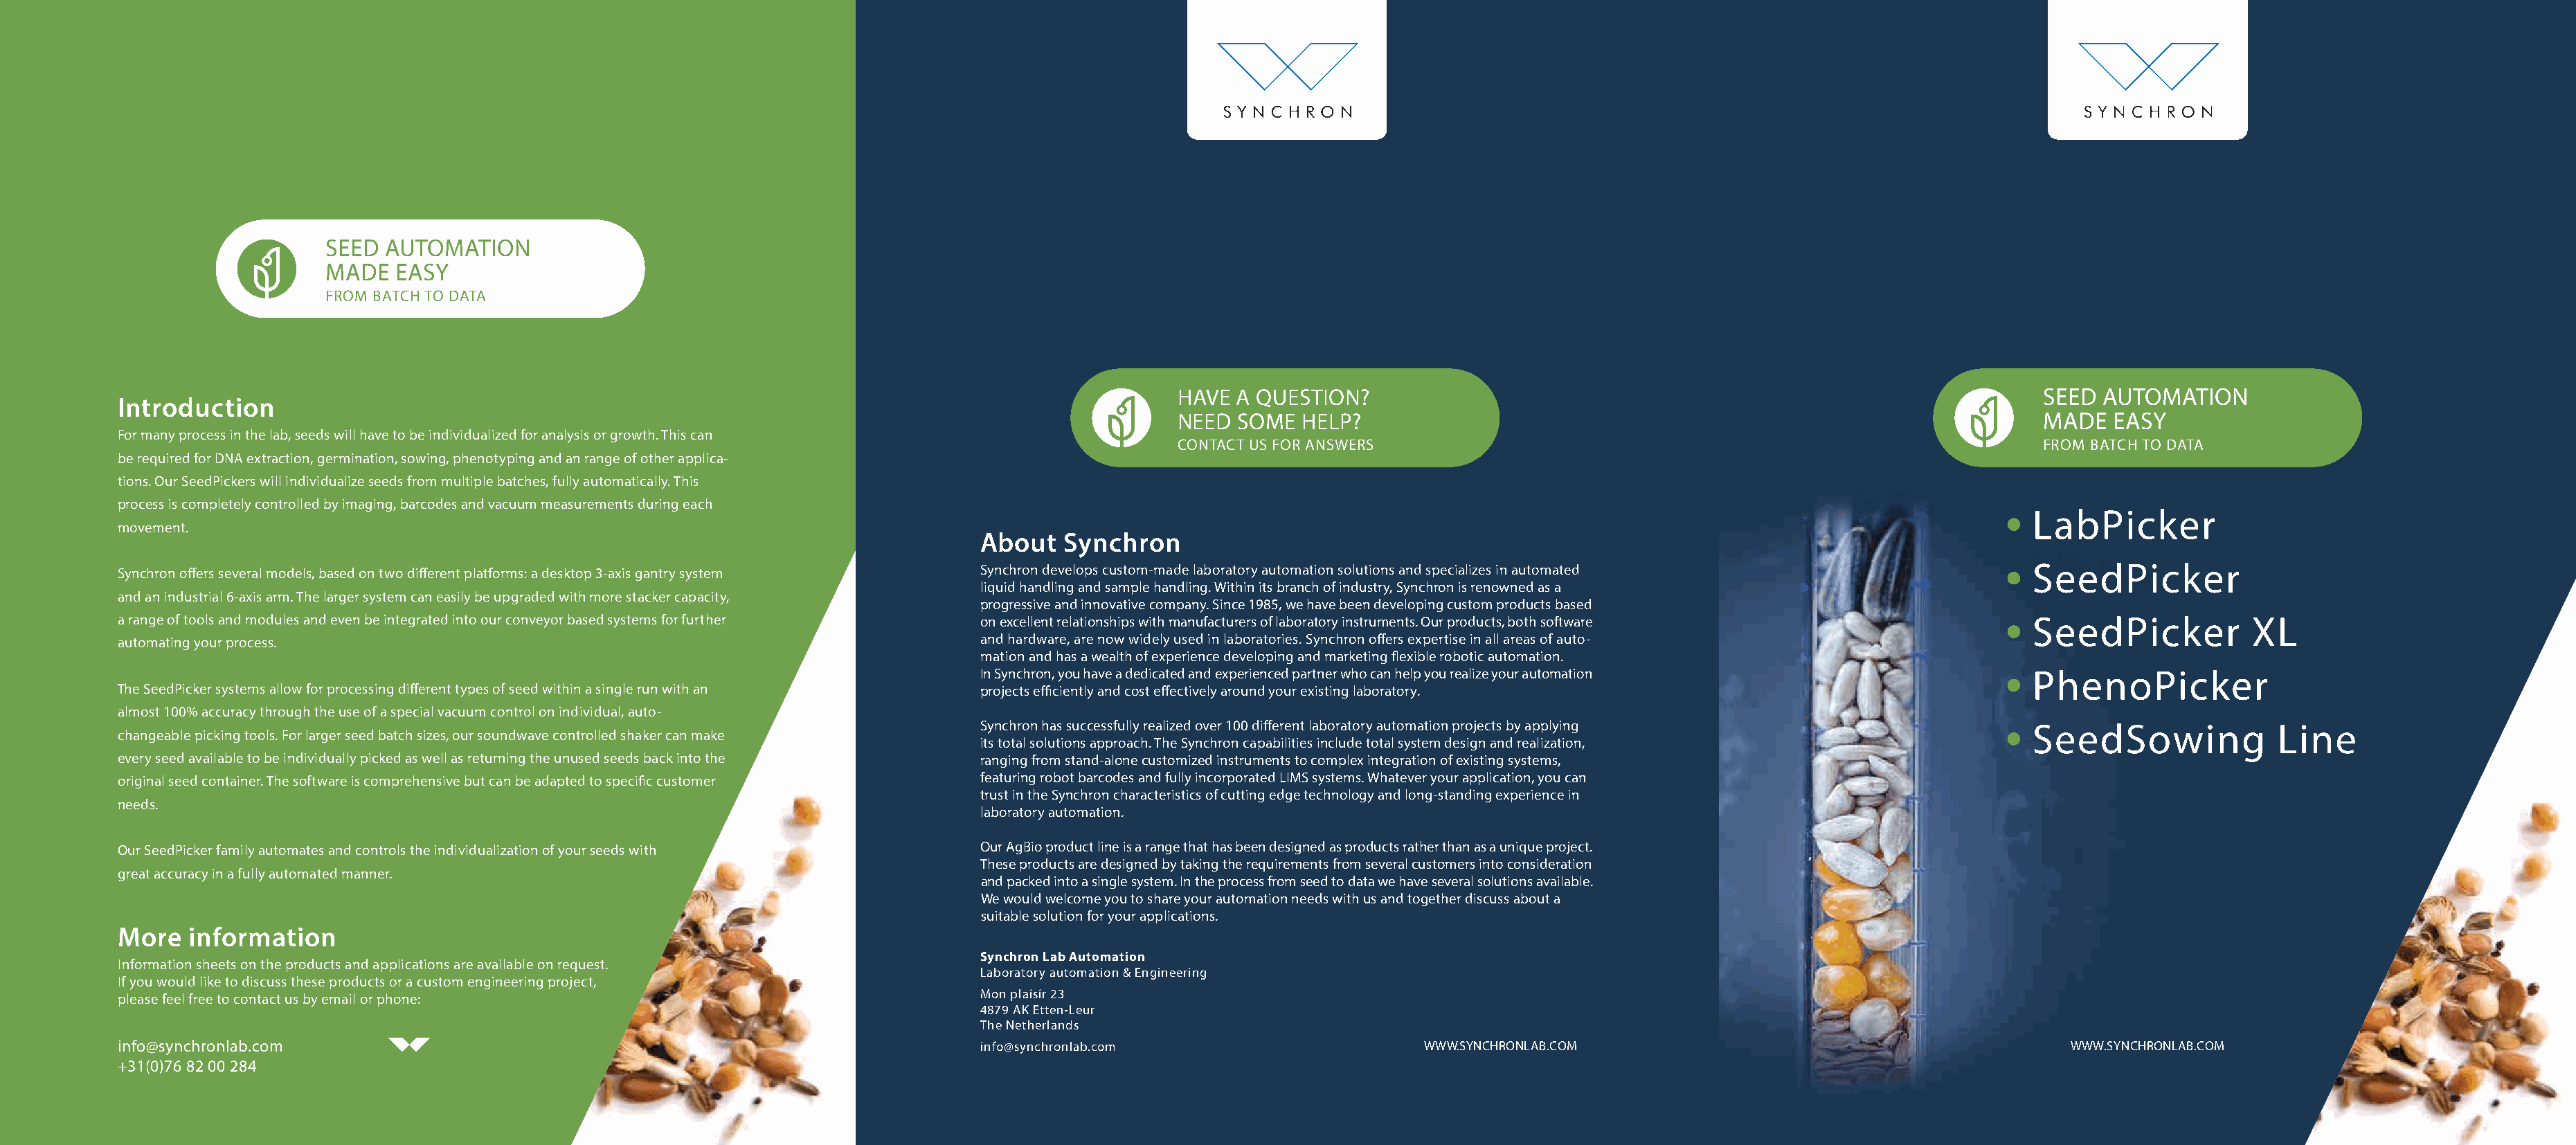
SEED  AUTOMATION
 MADE   EASY
 FROM BATCH TO DATA
 HAVE A QUESTION?                                                                  SEED  AUTOMATION
 Introduction
 NEED SOME  HELP?                                                                  MADE   EASY
 For many process in the lab, seeds will have to be individualized for analysis or growth. This can
 CONTACT US FOR ANSWERS                                                            FROM BATCH TO DATA
 be required for DNA extraction, germination, sowing, phenotyping and an range of other applica-
 tions. Our SeedPickers will individualize seeds from multiple batches, fully automatically. This
 process is completely controlled by imaging, barcodes and vacuum measurements during each
 LabPicker
 movement.
 About   Synchron
 Synchron offers several models, based on two different platforms: a desktop 3-axis gantry system Synchron develops custom-made laboratory automation solutions and specializes in automated SeedPicker
 liquid handling and sample handling. Within its branch of industry, Synchron is renowned as a
 and an industrial 6-axis arm. The larger system can easily be upgraded with more stacker capacity,
 progressive and innovative company. Since 1985, we have been developing custom products based
 a range of tools and modules and even be integrated into our conveyor based systems for further on excellent relationships with manufacturers of laboratory instruments. Our products, both software SeedPicker XL
 automating your process.                                                           and hardware, are now widely used in laboratories. Synchron offers expertise in all areas of auto-
 mation and has a wealth of experience developing and marketing flexible robotic automation.
 In Synchron, you have a dedicated and experienced partner who can help you realize your automation  PhenoPicker
 The SeedPicker systems allow for processing different types of seed within a single run with an projects efficiently and cost effectively around your existing laboratory.
 almost 100% accuracy through the use of a special vacuum control on individual, auto-
 Synchron has successfully realized over 100 different laboratory automation projects by applying    SeedSowing              Line
 changeable picking tools. For larger seed batch sizes, our soundwave controlled shaker can make
 its total solutions approach. The Synchron capabilities include total system design and realization,
 every seed available to be individually picked as well as returning the unused seeds back into the ranging from stand-alone customized instruments to complex integration of existing systems,
 original seed container. The software is comprehensive but can be adapted to specific customer featuring robot barcodes and fully incorporated LIMS systems. Whatever your application, you can
 trust in the Synchron characteristics of cutting edge technology and long-standing experience in
 needs.
 laboratory automation.
 Our SeedPicker family automates and controls the individualization of your seeds with Our AgBio product line is a range that has been designed as products rather than as a unique project.
 These products are designed by taking the requirements from several customers into consideration
 great accuracy in a fully automated manner.
 and packed into a single system. In the process from seed to data we have several solutions available.
 We would welcome you to share your automation needs with us and together discuss about a
 suitable solution for your applications.
 More   information
 Synchron Lab Automation
 Information sheets on the products and applications are available on request.
 Laboratory automation & Engineering
 If you would like to discuss these products or a custom engineering project,
 Mon plaisir 23
 please feel free to contact us by email or phone:
 4879 AK Etten-Leur
 The Netherlands
 info@synchronlab.com                                                               info@synchronlab.com                      WWW.SYNCHRONLAB.COM                                           WWW.SYNCHRONLAB.COM
 +31(0)76 82 00 284